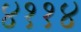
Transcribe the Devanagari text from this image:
४११४